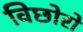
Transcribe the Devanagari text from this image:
विछोरो